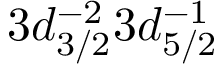
3 d _ { 3 / 2 } ^ { - 2 } 3 d _ { 5 / 2 } ^ { - 1 }